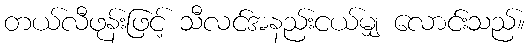
တယ်လီဖုန်းဖြင့် သီလင်အနည်းငယ်မျှ လောင်းသည်။